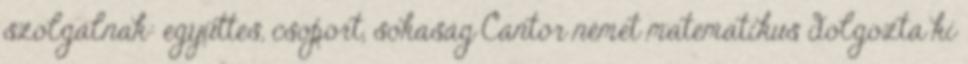
szolgálnak: együttes, csoport, sokaság Cantor német matematikus dolgozta ki